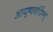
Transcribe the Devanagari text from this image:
आयुष्यवर्धिष्णु